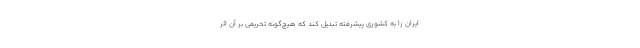
ایران را به کشوری پیشرفته تبدیل کند که هیچ‌گونه تحریمی بر آن اثر